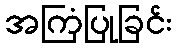
အကြံပြုခြင်း